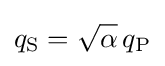
q_{\text{S}}={\sqrt {\alpha }}\,q_{\text{P}}